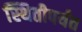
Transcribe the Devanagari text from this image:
स्थितीपर्यंत